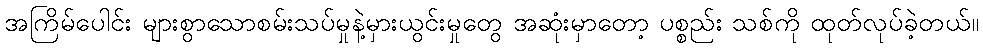
အကြိမ်ပေါင်း များစွာသောစမ်းသပ်မှုနဲ့မှားယွင်းမှုတွေ အဆုံးမှာတော့ ပစ္စည်း သစ်ကို ထုတ်လုပ်ခဲ့တယ်။